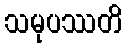
သမုပဿတိ